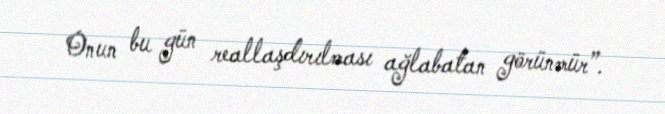
Onun bu gün reallaşdırılması ağlabatan görünmür”.